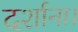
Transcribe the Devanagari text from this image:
दर्शाना।